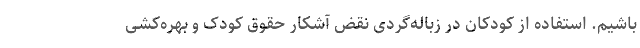
باشیم. استفاده از کودکان در زباله‌گردی نقض آشکار حقوق کودک و بهره‌کشی